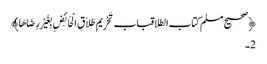
﴿صحیح مسلم کتاب الطلاقباب تَحْرِیمِ طَلاَقِ الْحَائِضِ بِغَیْرِ رِضَاهَا﴾
2۔